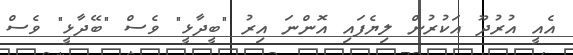
އެއީ އުރުދޫ އަކުރުން ލިޔެފައި އޮންނަ އިރު "ބީދާޅީ" ވެސް "ބޭދާޅީ" ވެސް